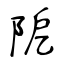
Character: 阸